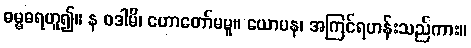
ဓမ္မဓရဟူ၍။ န ဝဒါမိ၊ ဟောတော်မမူ။ ယောပန၊ အကြင်ရဟန်းသည်ကား။